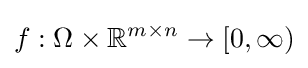
f:\Omega \times \mathbb {R} ^{m\times n}\rightarrow [0,\infty )